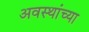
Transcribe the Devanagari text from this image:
अवस्थांच्या